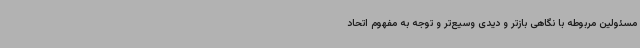
مسئولین مربوطه با نگاهی بازتر و دیدی وسیع‌تر و توجه به مفهوم اتحاد